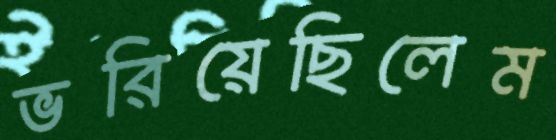
ভরিয়েছিলেম